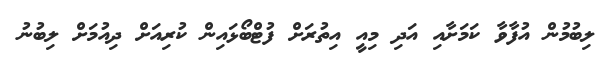
ލިބުމުން އުފާވާ ކަމަށާއި އަދި މިއީ އިތުރަށް ފުޓްބޯޅައިން ކުރިއަށް ދިއުމަށް ލިބުނު